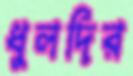
ধুলদির